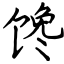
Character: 馋